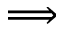
\Longrightarrow